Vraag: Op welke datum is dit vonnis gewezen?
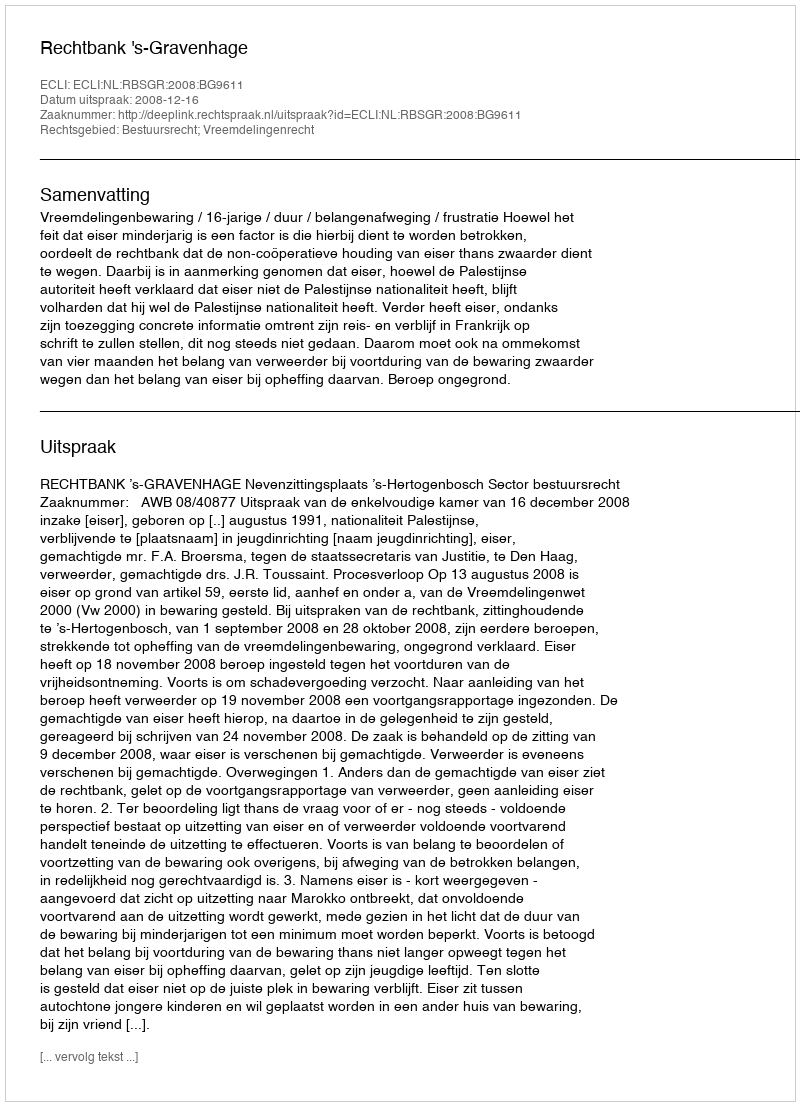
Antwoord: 2008-12-16